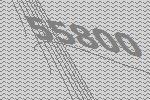
55800